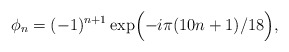
\begin{align*}\phi_n = (-1)^{n+1} \exp\Bigl(-i\pi(10n+1)/18\Bigr),\end{align*}